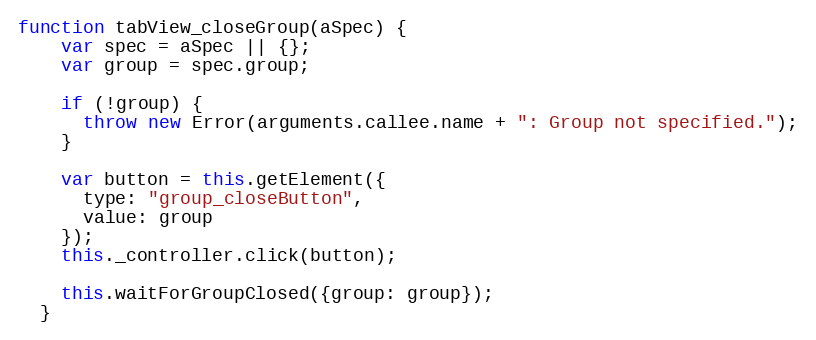
Language: JavaScript
function tabView_closeGroup(aSpec) {
    var spec = aSpec || {};
    var group = spec.group;

    if (!group) {
      throw new Error(arguments.callee.name + ": Group not specified.");
    }

    var button = this.getElement({
      type: "group_closeButton",
      value: group
    });
    this._controller.click(button);

    this.waitForGroupClosed({group: group});
  }